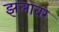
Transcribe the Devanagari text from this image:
झलावर